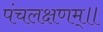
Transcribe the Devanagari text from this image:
पंचलक्षणम्‌॥